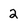
Character: 2